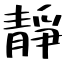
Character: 靜